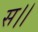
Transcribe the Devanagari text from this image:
स।।